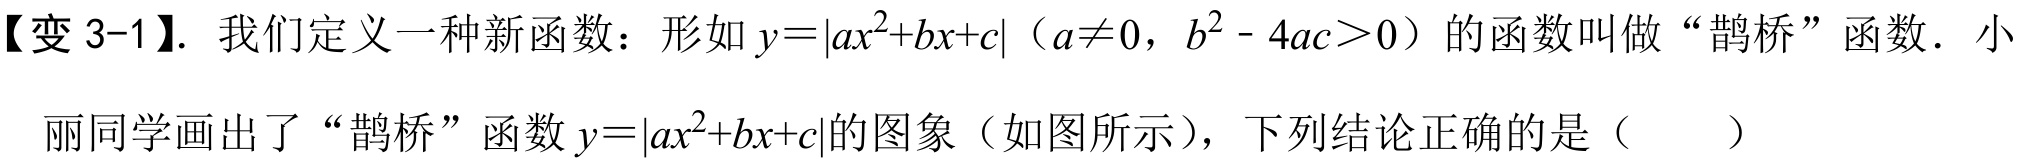
【变 3-1】. 我们定义一种新函数：形如 \(y = |ax^{2}+bx + c|\)（\(a\neq0\)，\(b^{2}-4ac>0\)）的函数叫做“鹊桥”函数．小丽同学画出了“鹊桥”函数 \(y = |ax^{2}+bx + c|\)的图象（如图所示），下列结论正确的是（  ）